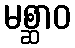
မစ္ဆာဝ